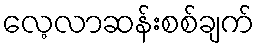
လေ့လာဆန်းစစ်ချက်